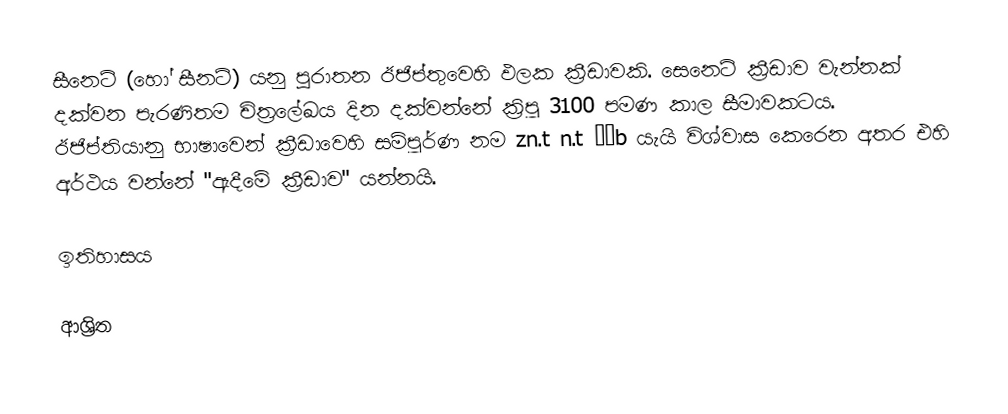
සීනෙට් (හෝ සීනට්) යනු  පුරාතන ඊජිප්තුවෙහි ඵලක ක්‍රීඩාවකි. සෙනෙට් ක්‍රීඩාව වැන්නක් දක්වන පැරණිතම චිත්‍රලේඛය  දින දක්වන්නේ ක්‍රිපූ 3100 පමණ කාල සීමාවකටය.  ඊජිප්තියානු භාෂාවෙන් ක්‍රීඩාවෙහි සම්පූර්ණ නම  zn.t n.t ḥˁb යැයි විශ්වාස කෙරෙන අතර එහි අර්ථය වන්නේ "ඇදීමේ ක්‍රීඩාව" යන්නයි.

ඉතිහාසය

ආශ්‍රිත